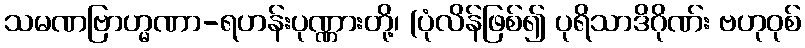
သမဏဗြာဟ္မဏာ-ရဟန်းပုဏ္ဏားတို့၊ (ပုံလိန်ဖြစ်၍ ပုရိသာဒိဂိုဏ်း ဗဟုဝုစ်